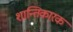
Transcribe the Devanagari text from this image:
शान्तिकारक